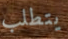
يتطلب